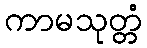
ကာမသုတ္တံ